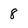
Character: 8